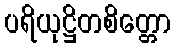
ပရိယုဋ္ဌိတစိတ္တော